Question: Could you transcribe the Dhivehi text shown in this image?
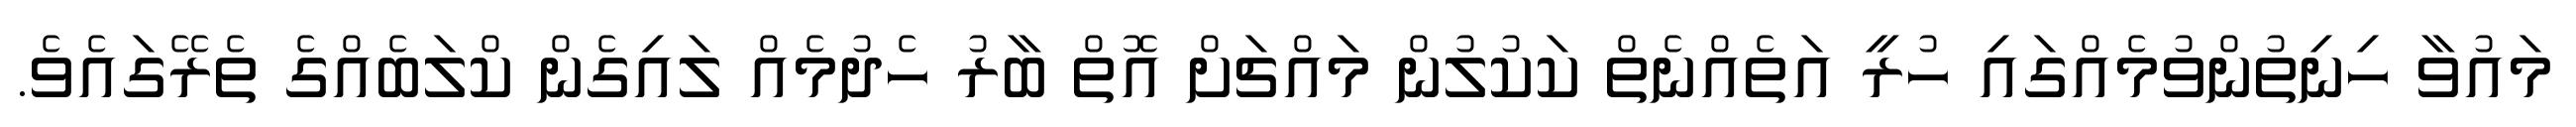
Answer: މައުވާ ހިނިތުންވުމެއްގައި ހުރީ އަތެއްނެތް ކަކުލުން މައްޗަށް އޮތް ބާރު ހެދުމެއް ލައިގެން ކްލަބެއްގެ ތެރޭގައެވެ.